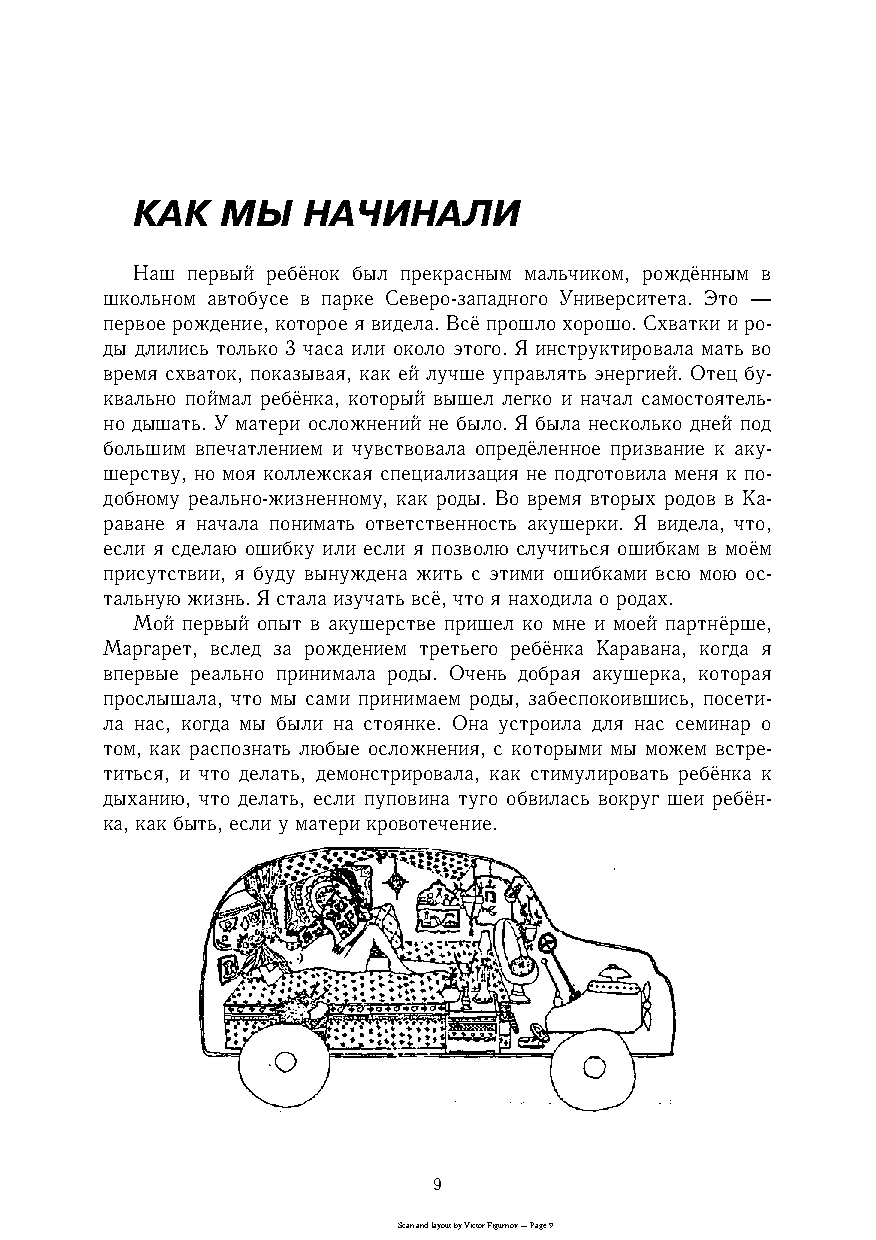
КАК   МЫ   НАЧИНАЛИ
 Наш первый ребёнок был прекрасным мальчиком, рождённым в
 школьном автобусе в парке Североcзападного Университета. Это —
 первое рождение, которое я видела. Всё прошло хорошо. Схватки и роc
 ды длились только 3 часа или около этого. Я инструктировала мать во
 время схваток, показывая, как ей лучше управлять энергией. Отец буc
 квально поймал ребёнка, который вышел легко и начал самостоятельc
 но дышать. У матери осложнений не было. Я была несколько дней под
 большим впечатлением и чувствовала опредёленное призвание к акуc
 шерству, но моя коллежская специализация не подготовила меня к поc
 добному реальноcжизненному, как роды. Во время вторых родов в Каc
 раване я начала понимать ответственность акушерки. Я видела, что,
 если я сделаю ошибку или если я позволю случиться ошибкам в моём
 присутствии, я буду вынуждена жить с этими ошибками всю мою осc
 тальную жизнь. Я стала изучать всё, что я находила о родах.
 Мой первый опыт в акушерстве пришел ко мне и моей партнёрше,
 Маргарет, вслед за рождением третьего ребёнка Каравана, когда я
 впервые реально принимала роды. Очень добрая акушерка, которая
 прослышала, что мы сами принимаем роды, забеспокоившись, посетиc
 ла нас, когда мы были на стоянке. Она устроила для нас семинар о
 том, как распознать любые осложнения, с которыми мы можем встреc
 титься, и что делать, демонстрировала, как стимулировать ребёнка к
 дыханию, что делать, если пуповина туго обвилась вокруг шеи ребёнc
 ка, как быть, если у матери кровотечение.
 9
 Scan and layout by Victor Figurnov — Page 9